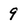
Character: 9